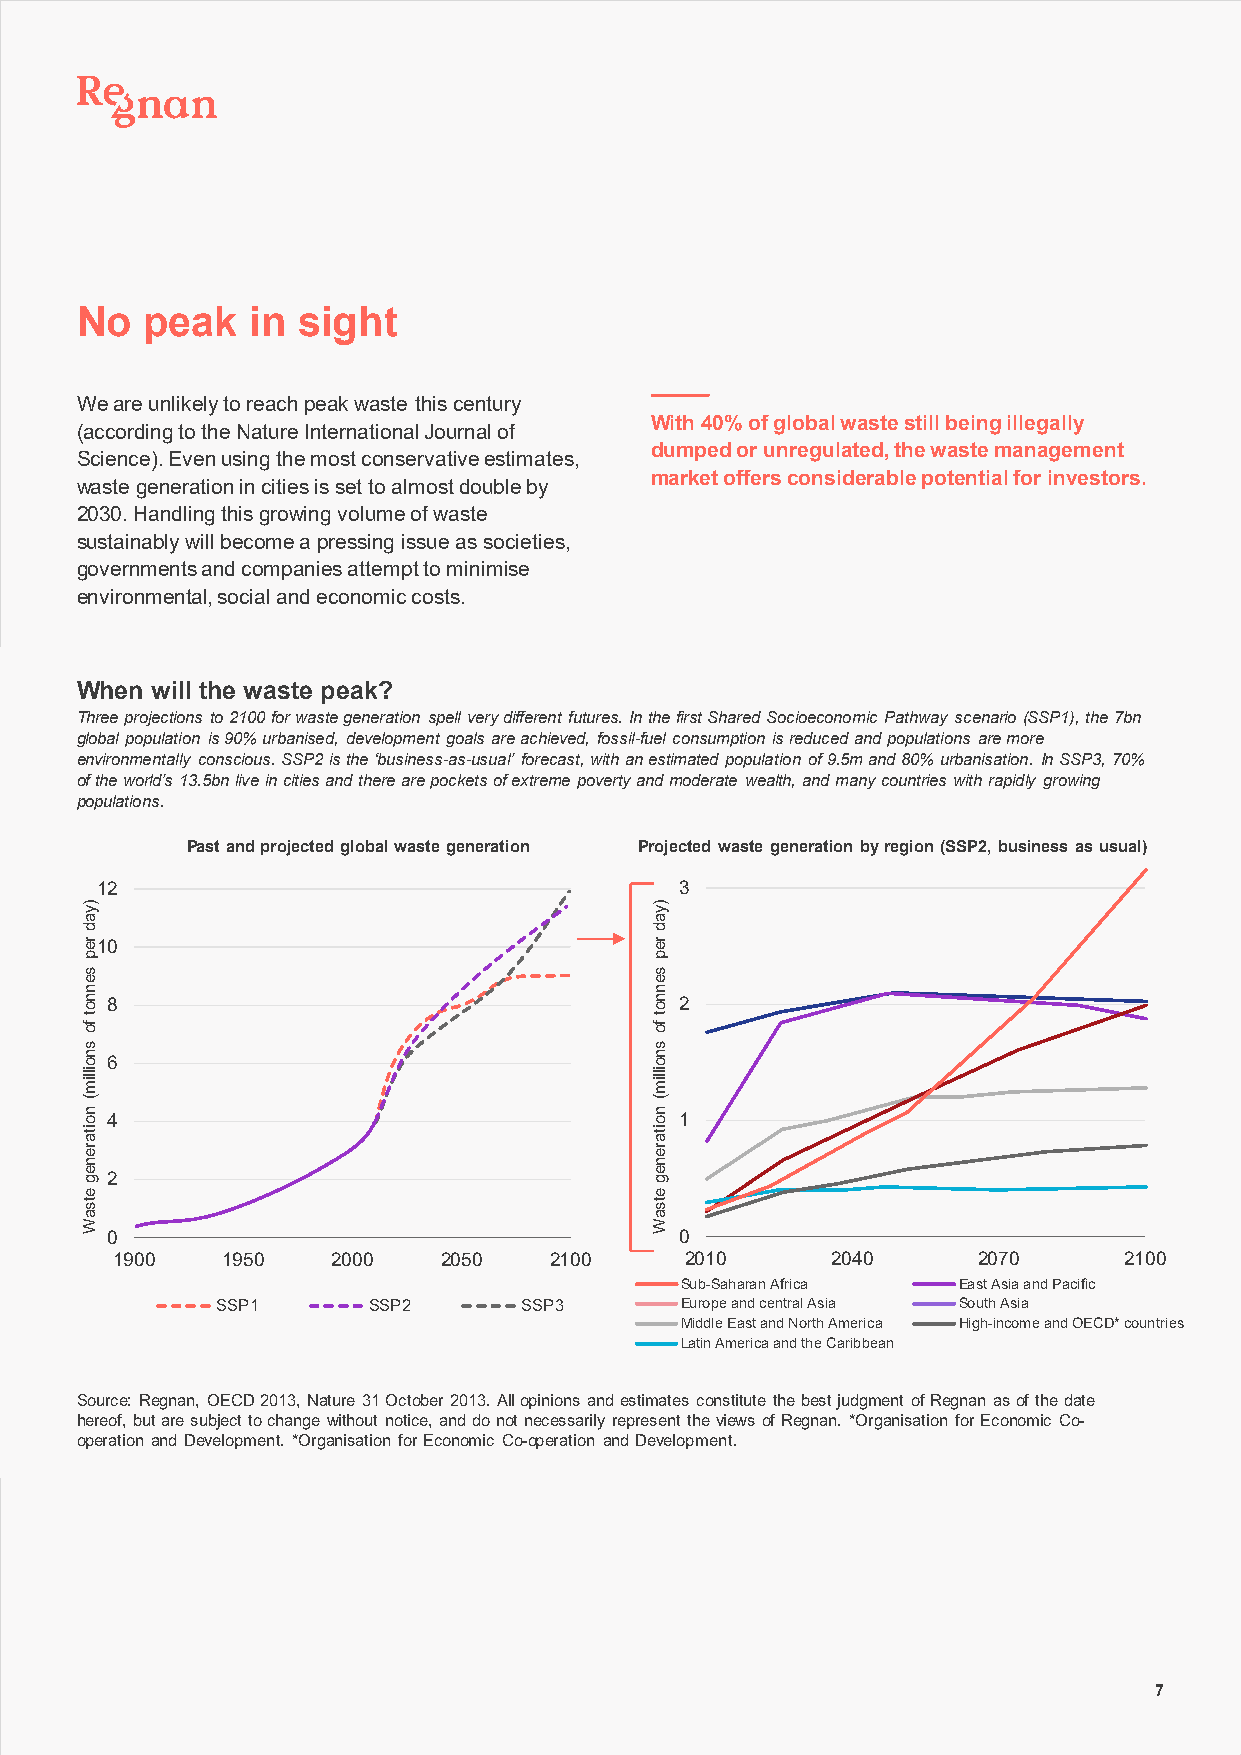
No   peak   in sight
 We are unlikely to reach peak waste this century
 With 40% of global waste still being illegally
 (according to the Nature International Journal of
 dumped or unregulated, the waste management
 Science). Even using the most conservative estimates,
 market offers considerable potential for investors.
 waste generation in cities is set to almost double by
 2030. Handling this growing volume of waste
 sustainably will become a pressing issue as societies,
 governments and companies attempt to minimise
 environmental, social and economic costs.
 When will the waste peak?
 Three projections to 2100 for waste generation spell very different futures. In the first Shared Socioeconomic Pathway scenario (SSP1), the 7bn
 global population is 90% urbanised, development goals are achieved, fossil-fuel consumption is reduced and populations are more
 environmentally conscious. SSP2 is the ‘business-as-usual’ forecast, with an estimated population of 9.5m and 80% urbanisation. In SSP3, 70%
 of the world’s 13.5bn live in cities and there are pockets of extreme poverty and moderate wealth, and many countries with rapidly growing
 populations.
 Past and projected global waste generation Projected waste generation by region (SSP2, business as usual)
 12                                     3
 10
 8                                     2
 6
 4                                     1
 2
 0                                     0
 1900    1950   2000   2050   2100     2010      2040      2070     2100
 Sub-Saharan Africa East Asia and Pacific
 SSP1      SSP2      SSP3       Europe and central Asia South Asia
 Middle East and North America High-income and OECD* countries
 Latin America and the Caribbean
 Source: Regnan, OECD 2013, Nature 31 October 2013. All opinions and estimates constitute the best judgment of Regnan as of the date
 hereof, but are subject to change without notice, and do not necessarily represent the views of Regnan. *Organisation for Economic Co-
 operation and Development. *Organisation for Economic Co-operation and Development.
 7
 )yad
 rep
 sennot
 fo
 snoillim(
 noitareneg
 etsaW
 )yad
 rep
 sennot
 fo
 snoillim(
 noitareneg
 etsaW